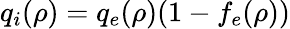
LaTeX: q_{i}(\rho)=q_{e}(\rho)(1-f_{e}(\rho))